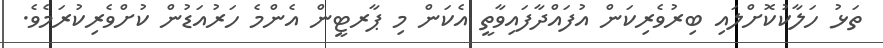
ތަޅު ހަލާކުކޮށްލައި ބިރުވެރިކަން އުފައްދާފައިވާތީ އެކަން މި ޕާރޓީން އެންމެ ހަރުއަޑުން ކުށްވެރިކުރަމެވެ.